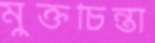
মুক্তচিন্তা